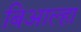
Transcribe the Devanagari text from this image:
बिआल्हा